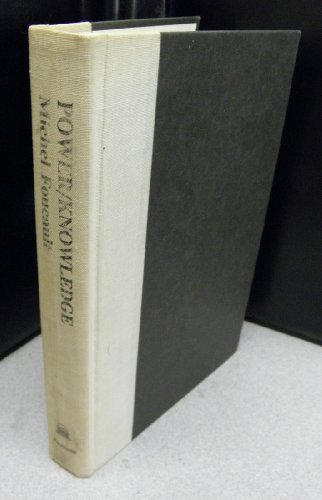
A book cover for Power/knowledge: Selected interviews and other writings, 1972-1977; Michel Foucault; Politics & Social Sciences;